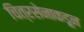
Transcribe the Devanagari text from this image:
चित्रसेनाकडून